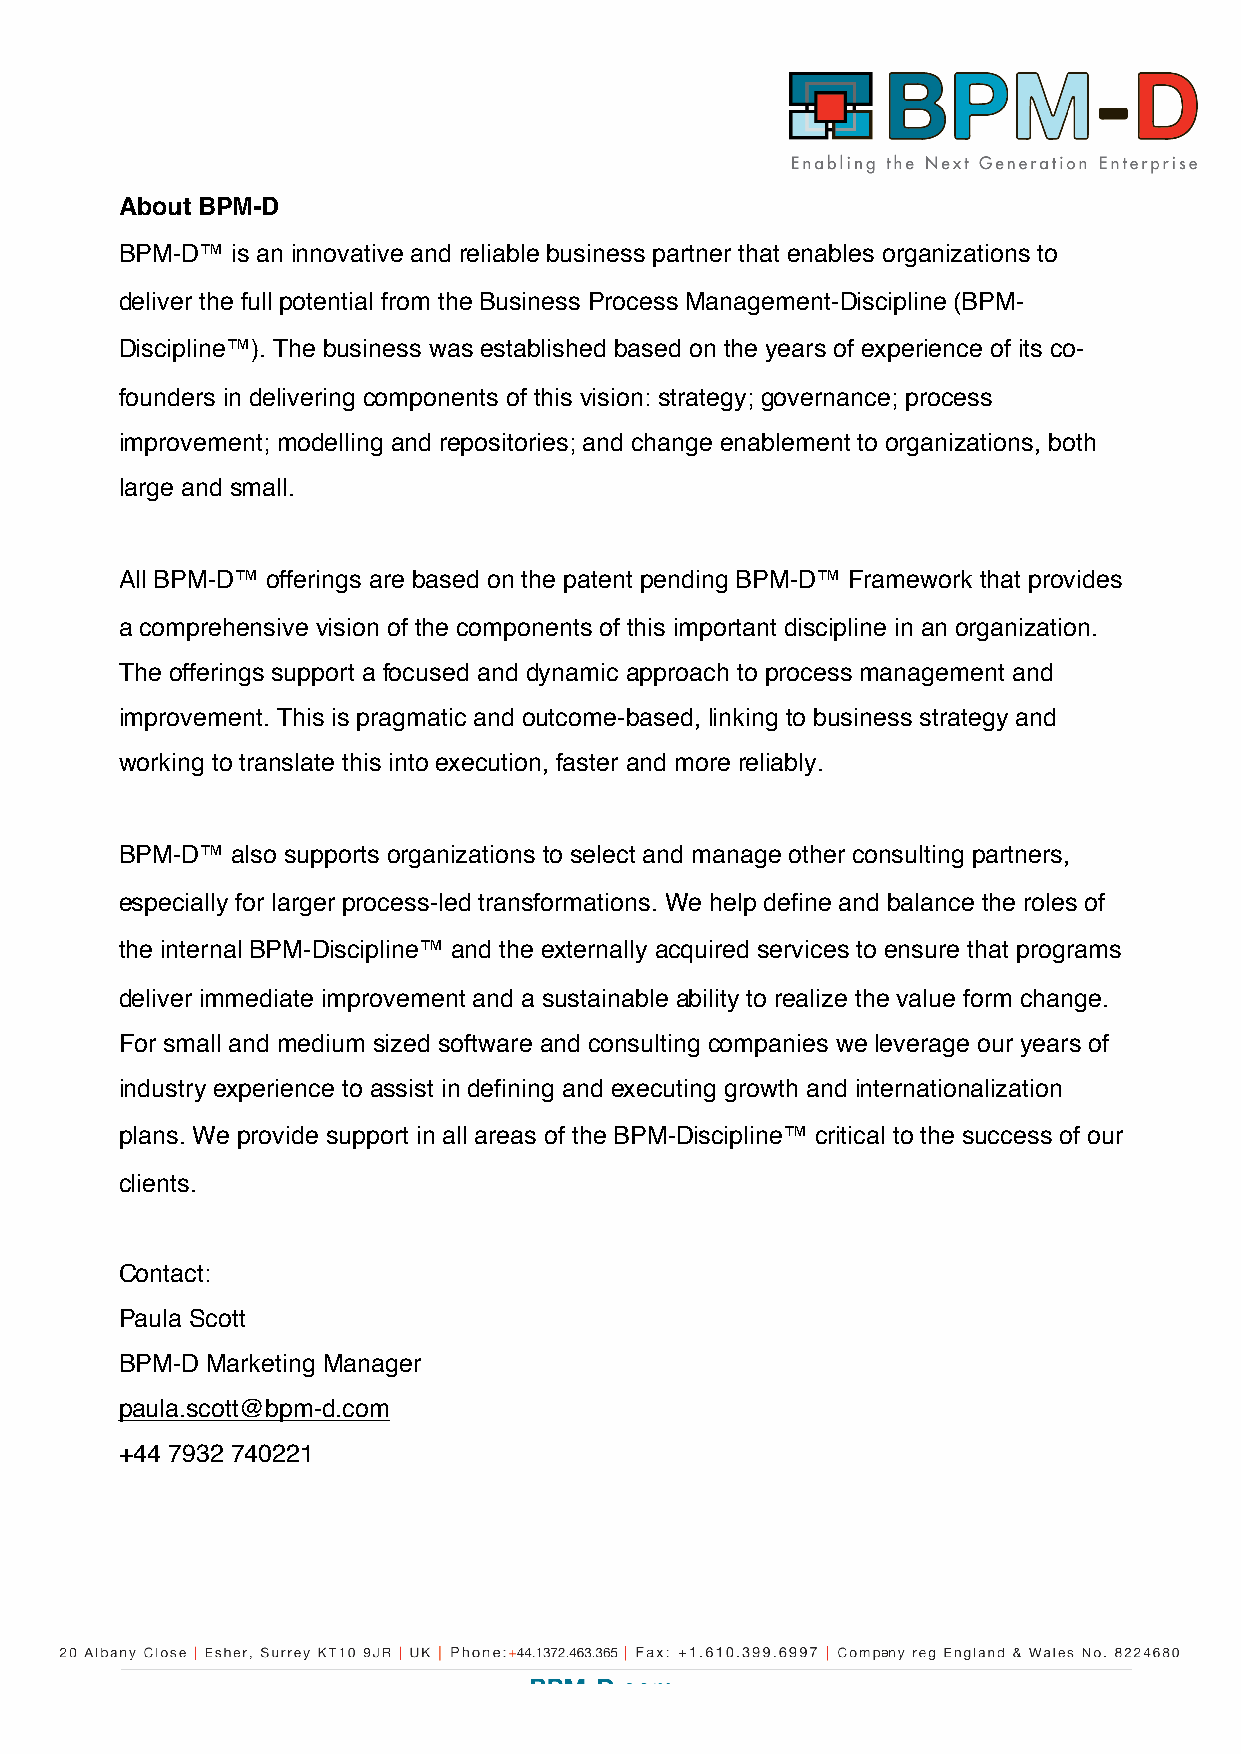
About BPM-D
 BPM-D™ is an innovative and reliable business partner that enables organizations to
 deliver the full potential from the Business Process Management-Discipline (BPM-
 Discipline™). The business was established based on the years of experience of its co-
 founders in delivering components of this vision: strategy; governance; process
 improvement; modelling and repositories; and change enablement to organizations, both
 large and small.
 All BPM-D™ offerings are based on the patent pending BPM-D™ Framework that provides
 a comprehensive vision of the components of this important discipline in an organization.
 The offerings support a focused and dynamic approach to process management and
 improvement. This is pragmatic and outcome-based, linking to business strategy and
 working to translate this into execution, faster and more reliably.
 BPM-D™ also supports organizations to select and manage other consulting partners,
 especially for larger process-led transformations. We help define and balance the roles of
 the internal BPM-Discipline™ and the externally acquired services to ensure that programs
 deliver immediate improvement and a sustainable ability to realize the value form change.
 For small and medium sized software and consulting companies we leverage our years of
 industry experience to assist in defining and executing growth and internationalization
 plans. We provide support in all areas of the BPM-Discipline™ critical to the success of our
 clients.
 Contact:
 Paula Scott
 BPM-D Marketing Manager
 paula.scott@bpm-d.com
 +44 7932 740221